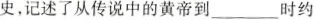
史，记述了从传说中的黄帝到___时约